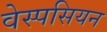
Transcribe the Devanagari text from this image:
वेस्पसियन